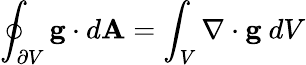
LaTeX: \oint_{\partial V}\mathbf{g}\cdot d\mathbf{A}=\int_{V}\nabla\cdot\mathbf{g}\ dV